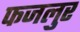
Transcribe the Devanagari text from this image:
फजलुर